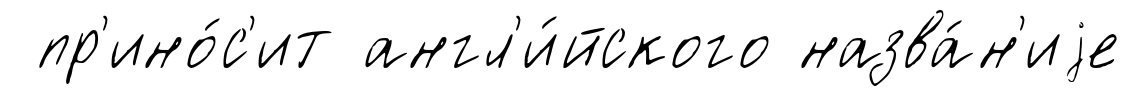
пр'ино́с'ит англ'и́йского назва́н'иjе